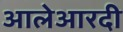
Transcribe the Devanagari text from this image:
आलेआरदी